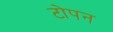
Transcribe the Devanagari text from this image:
टोपन